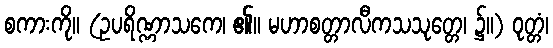
စကားကို။ (ဥပရိဏ္ဏာသကေ၊ ၏။ မဟာစတ္တာလီကသသုတ္တေ၊ ၌။) ဝုတ္တံ၊